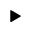
\blacktriangleright